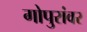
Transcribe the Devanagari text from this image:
गोपुरांवर